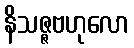
နိသဇ္ဇဗဟုလော